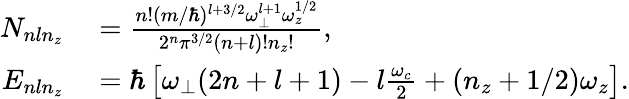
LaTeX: \begin{array}{rl}{N_{nln_{z}}}&{{}=\frac{n!(m/\hbar)^{l+3/2}\omega_{\perp}^{l+1}\omega_{z}^{1/2}}{2^{n}\pi^{3/2}(n+l)!n_{z}!},}\\ {E_{nln_{z}}}&{{}=\hbar\left[\omega_{\perp}(2n+l+1)-l\frac{\omega_{c}}{2}+(n_{z}+1/2)\omega_{z}\right].}\end{array}